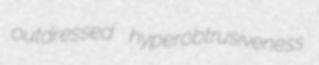
outdressed hyperobtrusiveness